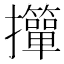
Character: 𢹺